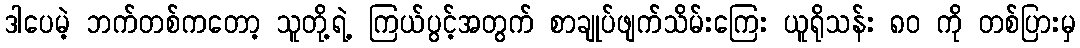
ဒါပေမဲ့ ဘက်တစ်ကတော့ သူတို့ရဲ့ ကြယ်ပွင့်အတွက် စာချုပ်ဖျက်သိမ်းကြေး ယူရိုသန်း ၈၀ ကို တစ်ပြားမှ